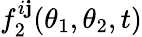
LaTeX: f_{2}^{i\mathbf{j}}(\theta_{1},\theta_{2},t)